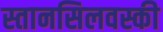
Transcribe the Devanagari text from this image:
स्तानसिलवस्की